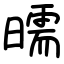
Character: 曘